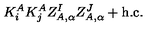
K _ { i } ^ { A } K _ { j } ^ { A } Z _ { A , \alpha } ^ { I } Z _ { A , \alpha } ^ { J } + \mathrm { h . c . }